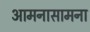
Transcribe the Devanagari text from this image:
आमनासामना